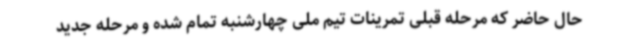
حال حاضر که مرحله قبلی تمرینات تیم ملی چهارشنبه تمام شده و مرحله جدید